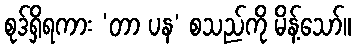
စုဒ်ရှိရကား ‘တာ ပန’ စသည်ကို မိန့်သော်။